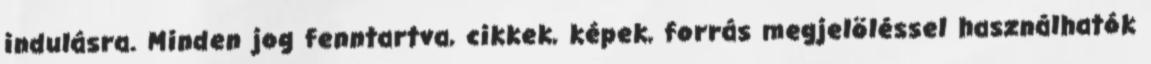
indulásra. Minden jog fenntartva, cikkek, képek, forrás megjelöléssel használhatók